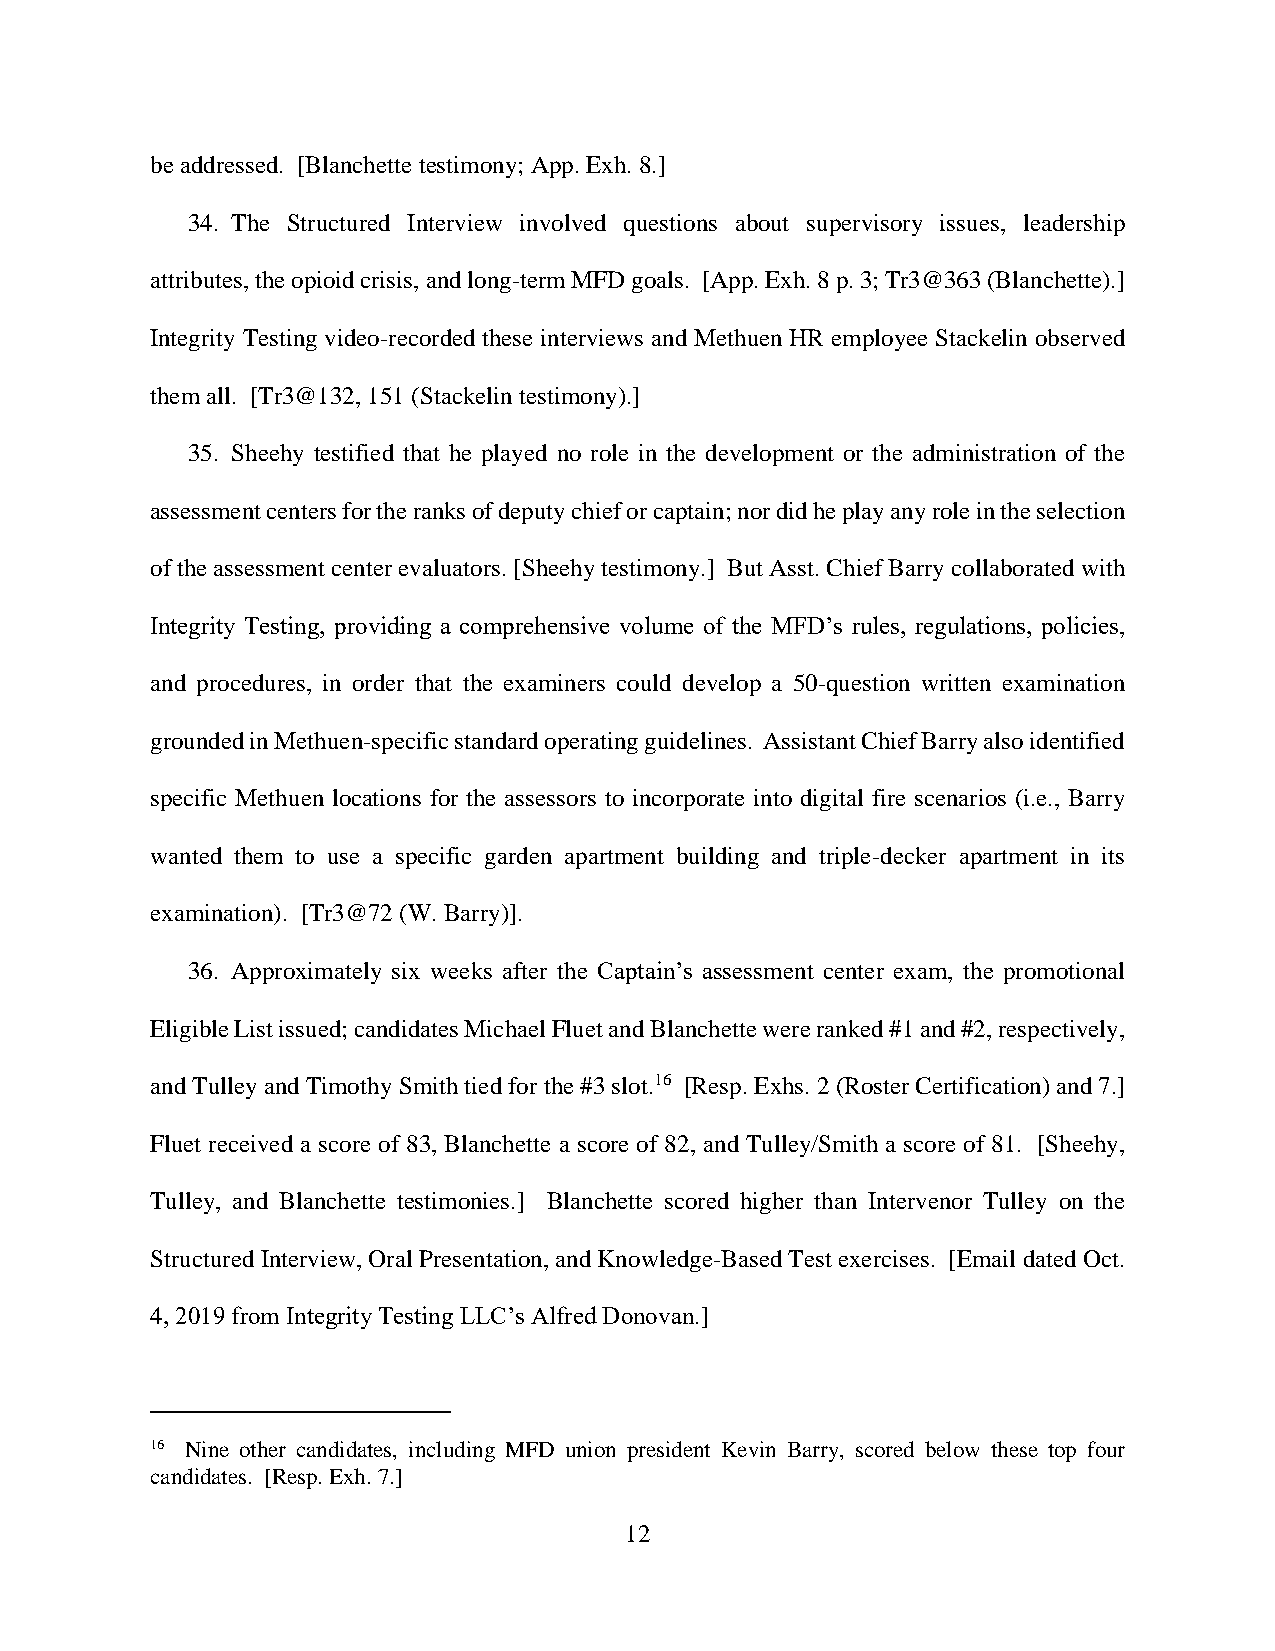
be addressed. [Blanchette testimony; App. Exh. 8.]
 34. The Structured Interview involved questions about supervisory issues, leadership
 attributes, the opioid crisis, and long-term MFD goals. [App. Exh. 8 p. 3; Tr3@363 (Blanchette).]
 Integrity Testing video-recorded these interviews and Methuen HR employee Stackelin observed
 them all. [Tr3@132, 151 (Stackelin testimony).]
 35. Sheehy testified that he played no role in the development or the administration of the
 assessment centers for the ranks of deputy chief or captain; nor did he play any role in the selection
 of the assessment center evaluators. [Sheehy testimony.] But Asst. Chief Barry collaborated with
 Integrity Testing, providing a comprehensive volume of the MFD’s rules, regulations, policies,
 and procedures, in order that the examiners could develop a 50-question written examination
 grounded in Methuen-specific standard operating guidelines. Assistant Chief Barry also identified
 specific Methuen locations for the assessors to incorporate into digital fire scenarios (i.e., Barry
 wanted them to use a specific garden apartment building and triple-decker apartment in its
 examination). [Tr3@72 (W. Barry)].
 36. Approximately six weeks after the Captain’s assessment center exam, the promotional
 Eligible List issued; candidates Michael Fluet and Blanchette were ranked #1 and #2, respectively,
 and Tulley and Timothy Smith tied for the #3 slot.16 [Resp. Exhs. 2 (Roster Certification) and 7.]
 Fluet received a score of 83, Blanchette a score of 82, and Tulley/Smith a score of 81. [Sheehy,
 Tulley, and Blanchette testimonies.] Blanchette scored higher than Intervenor Tulley on the
 Structured Interview, Oral Presentation, and Knowledge-Based Test exercises. [Email dated Oct.
 4, 2019 from Integrity Testing LLC’s Alfred Donovan.]
 16 Nine other candidates, including MFD union president Kevin Barry, scored below these top four
 candidates. [Resp. Exh. 7.]
 12